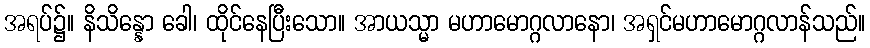
အရပ်၌။ နိသိန္နော ခေါ၊ ထိုင်နေပြီးသော။ အာယသ္မာ မဟာမောဂ္ဂလာနော၊ အရှင်မဟာမောဂ္ဂလာန်သည်။